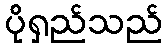
ပိုရှည်သည်